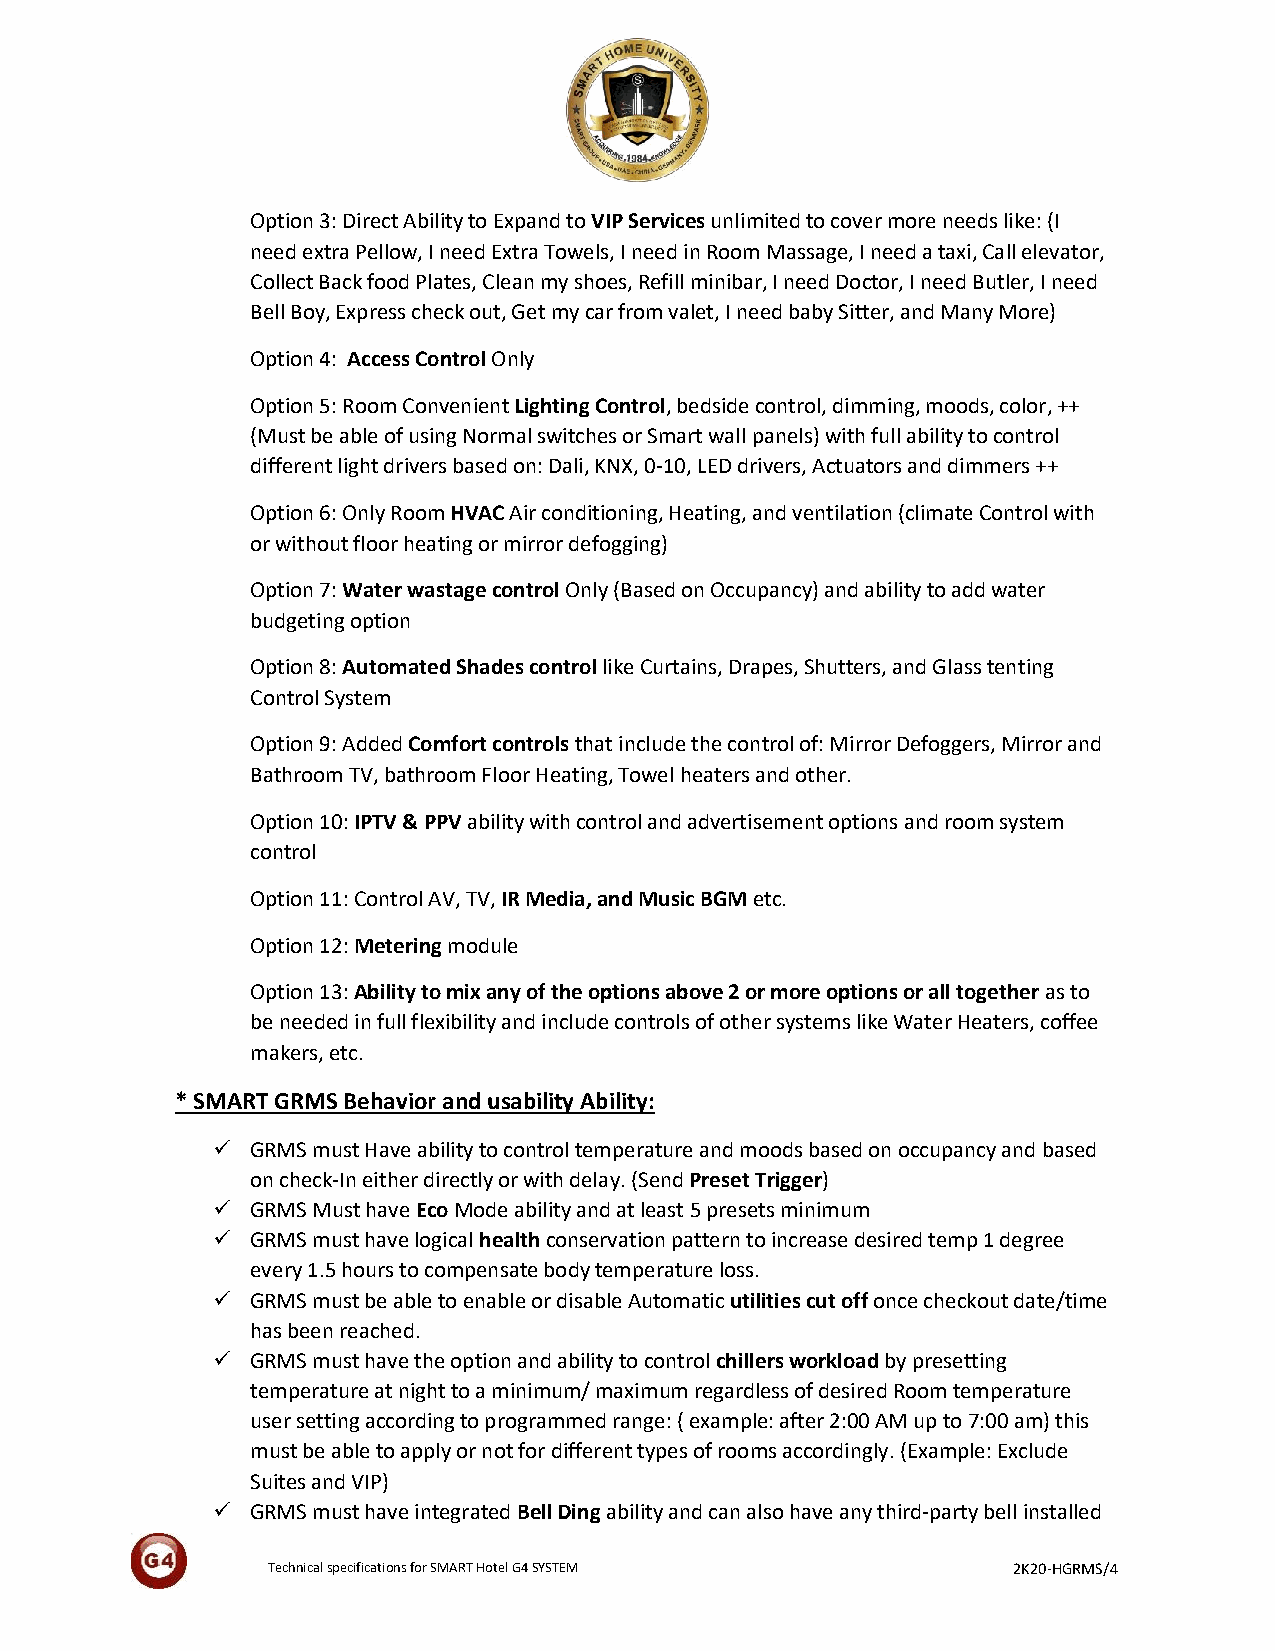
Option 3: Direct Ability to Expand to VIP Services unlimited to cover more needs like: (I
 need extra Pellow, I need Extra Towels, I need in Room Massage, I need a taxi, Call elevator,
 Collect Back food Plates, Clean my shoes, Refill minibar, I need Doctor, I need Butler, I need
 Bell Boy, Express check out, Get my car from valet, I need baby Sitter, and Many More)
 Option 4: Access Control Only
 Option 5: Room Convenient Lighting Control, bedside control, dimming, moods, color, ++
 (Must be able of using Normal switches or Smart wall panels) with full ability to control
 different light drivers based on: Dali, KNX, 0-10, LED drivers, Actuators and dimmers ++
 Option 6: Only Room HVAC Air conditioning, Heating, and ventilation (climate Control with
 or without floor heating or mirror defogging)
 Option 7: Water wastage control Only (Based on Occupancy) and ability to add water
 budgeting option
 Option 8: Automated Shades control like Curtains, Drapes, Shutters, and Glass tenting
 Control System
 Option 9: Added Comfort controls that include the control of: Mirror Defoggers, Mirror and
 Bathroom TV, bathroom Floor Heating, Towel heaters and other.
 Option 10: IPTV & PPV ability with control and advertisement options and room system
 control
 Option 11: Control AV, TV, IR Media, and Music BGM etc.
 Option 12: Metering module
 Option 13: Ability to mix any of the options above 2 or more options or all together as to
 be needed in full flexibility and include controls of other systems like Water Heaters, coffee
 makers, etc.
 * SMART GRMS Behavior and usability Ability:
   GRMS must Have ability to control temperature and moods based on occupancy and based
 on check-In either directly or with delay. (Send Preset Trigger)
   GRMS Must have Eco Mode ability and at least 5 presets minimum
   GRMS must have logical health conservation pattern to increase desired temp 1 degree
 every 1.5 hours to compensate body temperature loss.
   GRMS must be able to enable or disable Automatic utilities cut off once checkout date/time
 has been reached.
   GRMS must have the option and ability to control chillers workload by presetting
 temperature at night to a minimum/ maximum regardless of desired Room temperature
 user setting according to programmed range: ( example: after 2:00 AM up to 7:00 am) this
 must be able to apply or not for different types of rooms accordingly. (Example: Exclude
 Suites and VIP)
   GRMS must have integrated Bell Ding ability and can also have any third-party bell installed
 Technical specifications for SMART Hotel G4 SYSTEM 2K20-HGRMS/4